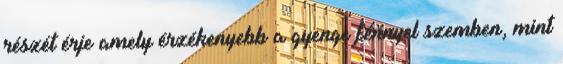
részét érje amely érzékenyebb a gyenge fénnyel szemben, mint